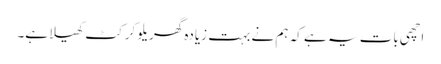
اچھی بات یہ ہے کہ ہم نے بہت زیادہ گھریلو کرکٹ کھیلا ہے۔